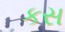
કસ